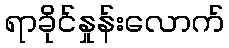
ရာခိုင်နှုန်းလောက်